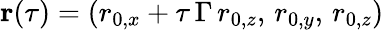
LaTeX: \mathbf{r}(\tau)=(r_{0,x}+\tau\, \Gamma\, r_{0,z},\, r_{0,y},\, r_{0,z})